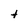
Character: t